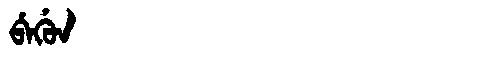
Manchu: ᠪᡝᡤᡠᠨ
Romanization: BEGUN